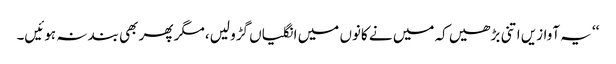
‘‘ یہ آوازیں اتنی بڑھیں کہ میں نے کانوں میں انگلیاں گڑو لیں، مگر پھر بھی بند نہ ہوئیں۔